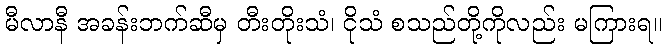
မီလာနီ အခန်းဘက်ဆီမှ တီးတိုးသံ၊ ငိုသံ စသည်တို့ကိုလည်း မကြားရ။